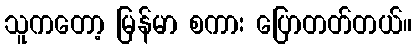
သူကတော့ မြန်မာ စကား ပြောတတ်တယ်။